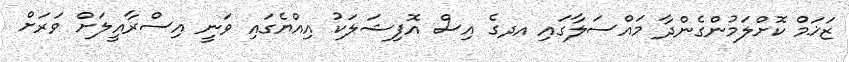
ޒަޚަމް ކޮށްލަމުންގެންދާ މައްސަލާގައި އދގެ އިސް އޮފިޝަލަކު އިއްޔެގައި ވަނީ އިސްރާއީލަށް ވަރަށް